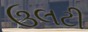
ઉલટી